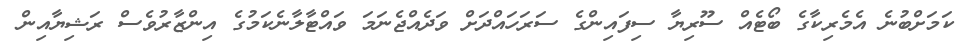
ކަމަށްބުނެ އެމެރިކާގެ ބޯޓެއް ސޫރިޔާ ސިފައިންގެ ސަރަހައްދަށް ވަދެއްޖެނަމަ ވައްޓާލާނެކަމުގެ އިންޒާރުވެސް ރަޝިޔާއިން